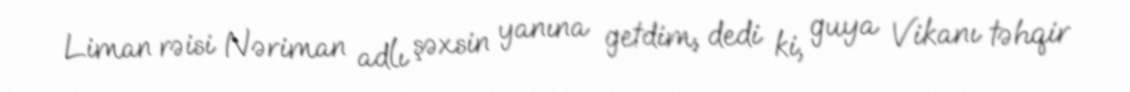
Liman rəisi Nəriman adlı şəxsin yanına getdim, dedi ki, guya Vikanı təhqir